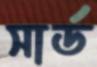
সার্ড